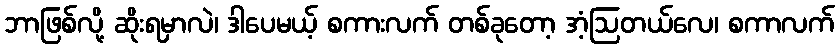
ဘာဖြစ်လို့ ဆိုးရမှာလဲ၊ ဒါပေမယ့် စကားလက် တစ်ခုတော့ အံ့ဩတယ်လေ၊ စကာလက်